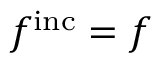
f ^ { \mathrm { i n c } } = f